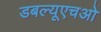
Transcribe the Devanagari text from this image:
डबल्यूएचओ